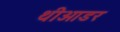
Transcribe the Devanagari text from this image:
थीओडर